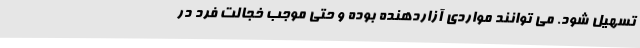
تسهیل شود. می توانند مواردی آزاردهنده بوده و حتی موجب خجالت فرد در